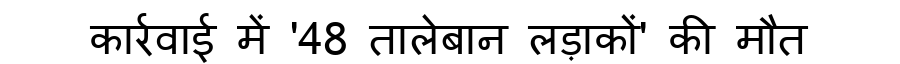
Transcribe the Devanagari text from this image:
कार्रवाई में '48 तालेबान लड़ाकों' की मौत